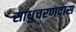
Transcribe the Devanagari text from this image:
साधुचरणदास